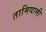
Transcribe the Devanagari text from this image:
तामियामी